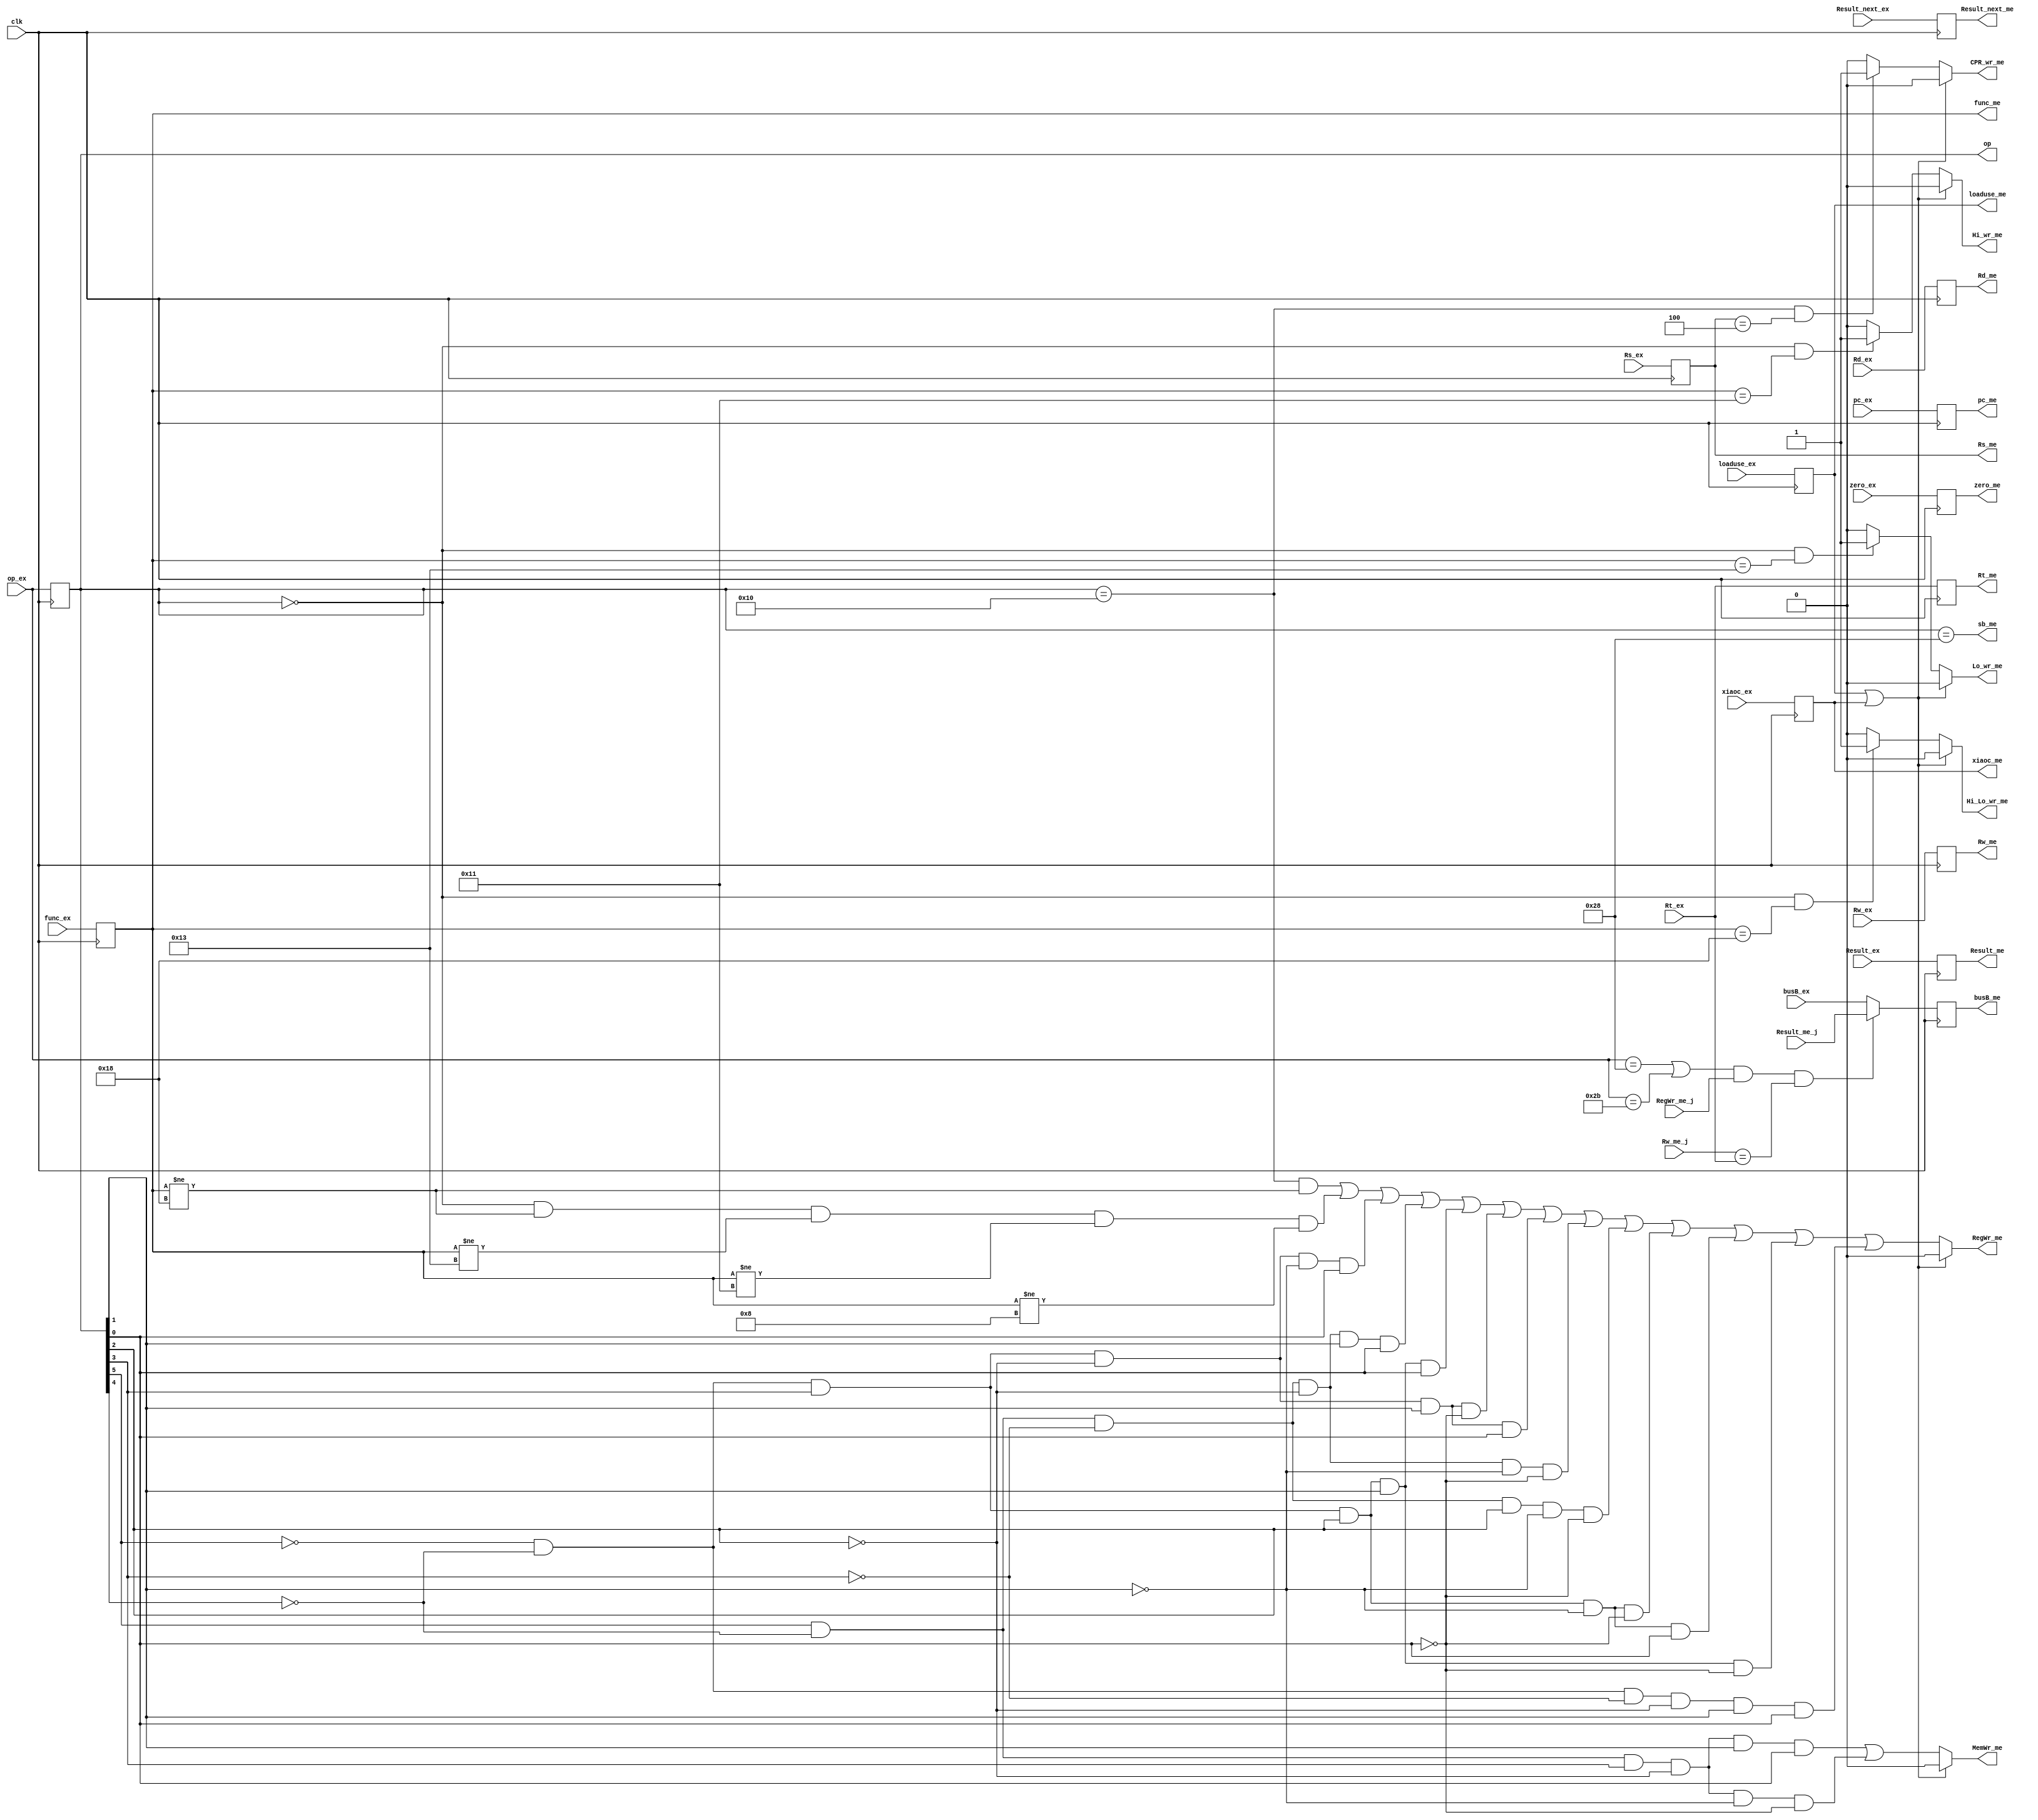
module ExMem(input clk,       //  Rs_me,func_me,
// sbsw
input RegWr_me_j,
input [4:0] Rw_me_j,
input [4:0] Rt_ex,
input [31:0] Result_me_j, 
input [31:0] pc_ex,
input xiaoc_ex,
input zero_ex,
input [31:0] Result_ex,
input [31:0]  Result_next_ex,
input [31:0] busB_ex,
input loaduse_ex, //
input [4:0] Rw_ex,
input [5:0] op_ex, //////////////////
input [5:0] func_ex,  ///////////////////
input [4:0] Rs_ex, ///////////////////
input [4:0] Rd_ex, ////////////

// input [15:0] imm16_ex, ////////////
// input [25:0] Target_ex,//////////////

output reg loaduse_me,/////////////
output reg [5:0] op,  ///////////////op_me
output reg [5:0] func_me,   /////////////
output  reg [4:0] Rs_me,            ////////////
output reg [4:0] Rt_me,              ///////////
output reg [4:0] Rd_me,             ///////////
// output reg [15:0] imm16_me,         ///////////
// output reg [25:0] Target_me,       ///////////
output reg zero_me,
output reg [31:0] Result_me,  //Adr
output reg [31:0] busB_me,   //Datain
output reg [4:0] Rw_me,
output wire RegWr_me,
output wire sb_me,// out
output wire MemWr_me ,//
output reg xiaoc_me,
output reg [31:0] pc_me,
output reg [31:0]  Result_next_me,    ///////
output  CPR_wr_me,
output  Hi_wr_me,
output  Lo_wr_me,
output  Hi_Lo_wr_me
);

////

assign CPR_wr_1=(op==6'b010000&&Rs_me==5'b00100)==1?1:0;
assign Hi_wr_1=(op==6'b000000&&func_me==6'b010001)==1?1:0;
assign Lo_wr_1=(op==6'b000000&&func_me==6'b010011)==1?1:0;
assign Hi_Lo_wr_1=(op==6'b000000&&func_me==6'b011000)==1?1:0;

assign CPR_wr_me=((loaduse_me==1)|(xiaoc_me==1))==1?0:CPR_wr_1;
assign Hi_wr_me=((loaduse_me==1)|(xiaoc_me==1))==1?0:Hi_wr_1;
assign Lo_wr_me=((loaduse_me==1)|(xiaoc_me==1))==1?0:Lo_wr_1;
assign Hi_Lo_wr_me=((loaduse_me==1)|(xiaoc_me==1))==1?0:Hi_Lo_wr_1;



wire RegWr_me_1,MemWr_me_1;

                              //R
assign RegWr_me_1=((op==6'b010000)&&(func_me[5:0]!=6'b011000))|((op==6'b000000)&&(func_me[5:0]!=6'b011000)&&(func_me[5:0]!=6'b010011)&&(func_me[5:0]!=6'b010001)&&(func_me[5:0]!=6'b001000))|(!op[5]&!op[4]&op[3]&!op[2]&!op[1]&op[0])|(op[5]&!op[4]&!op[3]&!op[2]&op[1]&op[0])|(!op[5]&!op[4]&op[3]&op[2]&op[1]&op[0])|(!op[5]&!op[4]&op[3]&!op[2]&op[1]&!op[0])|(!op[5]&!op[4]&op[3]&!op[2]&op[1]&op[0])|(op[5]&!op[4]&!op[3]&!op[2]&!op[1]&!op[0])|(op[5]&!op[4]&!op[3]&op[2]&!op[1]&!op[0])|(!op[5]&!op[4]&op[3]&op[2]&!op[1]&!op[0])|(!op[5]&!op[4]&op[3]&op[2]&!op[1]&op[0])|(!op[5]&!op[4]&op[3]&op[2]&op[1]&!op[0])|(!op[5]&!op[4]&!op[3]&!op[2]&op[1]&op[0]);
assign RegWr_me=((loaduse_me==1)|(xiaoc_me==1))?0:RegWr_me_1;
// assign RegWr_me=RegWr_me_1;


assign sb_me=(op==6'b101000);
assign MemWr_me_1=(op[5]&!op[4]&op[3]&!op[2]&op[1]&op[0])|(op[5]&!op[4]&op[3]&!op[2]&!op[1]& !op[0]); 
assign MemWr_me=((loaduse_me==1)|(xiaoc_me==1))?0:MemWr_me_1; 

always @(negedge clk)
begin

  Result_next_me<=Result_next_ex;
  // instructions_me<=instructions_ex;
  op<=op_ex;
  zero_me<=zero_ex;
  Result_me<=Result_ex;
  
   func_me<=func_ex;
   Rs_me<=Rs_ex;
   Rt_me<=Rt_ex;
   Rw_me<=Rw_ex;
   Rd_me<=Rd_ex;
  //  imm16_me<=imm16_ex;
  //  Target_me<=Target_ex;
   


   
  loaduse_me<=loaduse_ex;
  xiaoc_me<=xiaoc_ex;
  pc_me<=pc_ex;

  // swsbDiresult
  if((op_ex==6'b101000|op_ex==6'b101011)&&RegWr_me_j&&(Rw_me_j==Rt_ex))
   busB_me<=Result_me_j;   //
   else 
   busB_me<=busB_ex;
end

endmodule




// module ExMem(input clk,       //
// // sbsw
// input RegWr_me_j,
// input [4:0] Rw_me_j,
// input [4:0] Rt_ex,
// input [31:0] Result_me_j, 


// input [31:0] pc_ex,
// input xiaoc_ex,

// input zero_ex,
// input [31:0] Result_ex,

// input [31:0]  Result_next_ex,


// input [31:0] busB_ex,
// input loaduse_ex, //
// input [4:0] Rw_ex,
// input [31:0] instructions_ex,

// output reg loaduse_me,//
// output reg [31:0] instructions_me,
// output reg zero_me,
// output reg [31:0] Result_me,  //Adr
// output reg [31:0] busB_me,   //Datain
// output reg [4:0] Rw_me,
// output wire RegWr_me,
// output wire sb_me,// out
// output wire MemWr_me ,//
// output reg xiaoc_me,
// output reg [31:0] pc_me,

// output reg [31:0]  Result_next_me,    ///////

// output  CPR_wr_me,
// output  Hi_wr_me,
// output  Lo_wr_me,
// output  Hi_Lo_wr_me


// );

// ////

// assign CPR_wr_1=(instructions_me[31:26]==6'b010000&&instructions_me[25:21]==5'b00100&&instructions_me[10:3]==8'b00000000)==1?1:0;
// assign Hi_wr_1=(instructions_me[31:26]==6'b000000&&instructions_me[5:0]==6'b010001&&instructions_me[20:6]==15'b000000000000000)==1?1:0;
// assign Lo_wr_1=(instructions_me[31:26]==6'b000000&&instructions_me[5:0]==6'b010011&&instructions_me[20:6]==15'b000000000000000)==1?1:0;
// assign Hi_Lo_wr_1=(instructions_me[31:26]==6'b000000&&instructions_me[15:6]==10'b0000000000&&instructions_me[5:0]==6'b011000)==1?1:0;

// assign CPR_wr_me=((instructions_me==32'h11111111)|(loaduse_me==1)|(xiaoc_me==1))==1?0:CPR_wr_1;
// assign Hi_wr_me=((instructions_me==32'h11111111)|(loaduse_me==1)|(xiaoc_me==1))==1?0:Hi_wr_1;
// assign Lo_wr_me=((instructions_me==32'h11111111)|(loaduse_me==1)|(xiaoc_me==1))==1?0:Lo_wr_1;
// assign Hi_Lo_wr_me=((instructions_me==32'h11111111)|(loaduse_me==1)|(xiaoc_me==1))==1?0:Hi_Lo_wr_1;





// wire [5:0] op_ex;
// assign op_ex=instructions_ex[31:26];

// wire [5:0] op;
// wire RegWr_me_1,MemWr_me_1;
// assign op=instructions_me[31:26];
//                               //R
// assign RegWr_me_1=((op==6'b010000)&&(instructions_me[5:0]!=6'b011000))|((op==6'b000000)&&(instructions_me[5:0]!=6'b011000)&&(instructions_me[5:0]!=6'b010011)&&(instructions_me[5:0]!=6'b010001)&&(instructions_me[5:0]!=6'b001000))|(!op[5]&!op[4]&op[3]&!op[2]&!op[1]&op[0])|(op[5]&!op[4]&!op[3]&!op[2]&op[1]&op[0])|(!op[5]&!op[4]&op[3]&op[2]&op[1]&op[0])|(!op[5]&!op[4]&op[3]&!op[2]&op[1]&!op[0])|(!op[5]&!op[4]&op[3]&!op[2]&op[1]&op[0])|(op[5]&!op[4]&!op[3]&!op[2]&!op[1]&!op[0])|(op[5]&!op[4]&!op[3]&op[2]&!op[1]&!op[0])|(!op[5]&!op[4]&op[3]&op[2]&!op[1]&!op[0])|(!op[5]&!op[4]&op[3]&op[2]&!op[1]&op[0])|(!op[5]&!op[4]&op[3]&op[2]&op[1]&!op[0])|(!op[5]&!op[4]&!op[3]&!op[2]&op[1]&op[0]);
// assign RegWr_me=((loaduse_me==1)|(xiaoc_me==1))?0:RegWr_me_1;
// // assign RegWr_me=RegWr_me_1;


// assign sb_me=(op==6'b101000);
// assign MemWr_me_1=(op[5]&!op[4]&op[3]&!op[2]&op[1]&op[0])|(op[5]&!op[4]&op[3]&!op[2]&!op[1]& !op[0]); 
// assign MemWr_me=((loaduse_me==1)|(instructions_me==32'h11111111)|(xiaoc_me==1))?0:MemWr_me_1; 

// always @(negedge clk)
// begin

//   Result_next_me<=Result_next_ex;
//   instructions_me<=instructions_ex;
//   zero_me<=zero_ex;
//   Result_me<=Result_ex;
 
//   Rw_me<=Rw_ex;
//   loaduse_me<=loaduse_ex;
//   xiaoc_me<=xiaoc_ex;
//   pc_me<=pc_ex;

//   // swsbDiresult
//   if((op_ex==6'b101000|op_ex==6'b101011)&&RegWr_me_j&&(Rw_me_j==Rt_ex))
//    busB_me<=Result_me_j;   //
//    else 
//    busB_me<=busB_ex;
// end

// endmodule